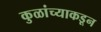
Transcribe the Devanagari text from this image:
कुळांच्याकडून